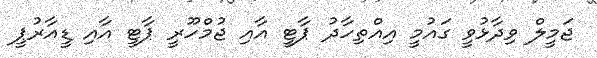
ޖަމީލް ވިދާޅުވީ ގައުމީ އިއްތިހާދު ޕާޓީ އާއި ޖުމްހޫރީ ޕާޓީ އާއި ޑީއާރުޕީ